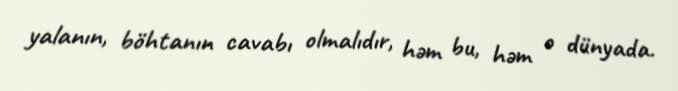
yalanın, böhtanın cavabı olmalıdır, həm bu, həm o dünyada.